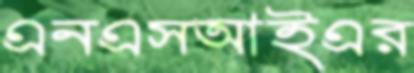
এনএসআইএর